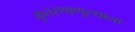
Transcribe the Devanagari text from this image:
कृतस्थाणुस्थाना